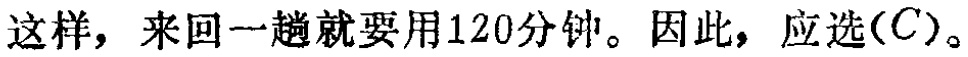
这样，来回一趟就要用120分钟。因此，应选$(C)$。